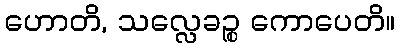
ဟောတိ, သလ္လေခဉ္စ ကောပေတိ။